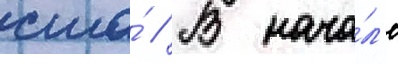
сша́ // В нача́л'е